system: You are a helpful assistant.
user:
Analyze the provided spectrum to determine if it is a **White Dwarf (WD)**.

A White Dwarf spectrum is defined by its **extreme purity** (due to gravitational settling) and/or **extreme pressure broadening** (due to high surface gravity). You must check for one of the following mutually exclusive signatures:

- **Key Visual Indicators (Check for ONE of these types):**

    - **1. DA-Type Signature (Most Common):**
        - **(Primary Feature):** Extreme pressure broadening (Stark broadening) of the **Hydrogen (H) Balmer lines**.
        - **(Key Lines):** $H\beta$ (approx. $4861$ Å) and $H\gamma$ (approx. $4340$ Å). $H\alpha$ (approx. $6563$ Å) will also be present if the wavelength range covers it.
        - **(Line Profile):** This is the **defining feature**. The lines are **NOT** sharp. They appear as massive, **extremely broad and deep "troughs" or "dips"** in the spectrum, often hundreds of Ångströms wide. The continuum will appear to "scoop" down at these wavelengths.
        - **(Distinction):** Normal A-type or B-type stars have *narrow* and *sharp* Hydrogen lines. A DA White Dwarf's lines are unmistakably "smeared" or "blurry" from pressure.

    - **2. DB-Type Signature:**
        - **(Primary Feature):** Broad absorption lines from **Neutral Helium (He I)**. The spectrum must lack any visible Hydrogen lines.
        - **(Key Lines):** Look for broad absorption near $4471$ Å, $4921$ Å, and $5876$ Å.
        - **(Line Profile):** These lines are also significantly pressure-broadened, appearing much wider than they would in a normal B-type main-sequence star.

    - **3. DC-Type Signature:**
        - **(Primary Feature):** A **featureless continuous spectrum**.
        - **(Line Profile):** The spectrum is a smooth curve with **no significant absorption or emission lines**.
        - **(Key Confirmation):** The continuum is almost always **blue or white**, indicating a hot object. This signature implies the atmosphere is so pure (or so cool) that no spectral lines are visible in the optical range. Its WD identity is confirmed by its extremely low intrinsic brightness (high absolute magnitude).

    - **4. DZ-Type Signature (Metal-Polluted):**
        - **(Primary Feature):** **Isolated, narrow metal absorption lines** on an otherwise featureless (DC-like) continuum.
        - **(Key Lines):** The **Calcium (Ca II) H & K doublet** (approx. **$3934$ Å** and **$3968$ Å**) is the most common and defining feature.
        - **(Line Profile):** These lines are "out of place." They are *not* part of a "forest" of thousands of lines. This signature is evidence of recent *accretion* (pollution) from rocky debris.
        - **(Distinction):** Normal G/K/M stars have a *dense forest* of thousands of metal lines. A DZ has a *clean* continuum with *only a few* strong metal lines.

    - **5. DQ-Type Signature (Carbon-Polluted):**
        - **(Primary Feature):** Absorption bands from **Carbon (C₂ "Swan Bands" or atomic C I)**.
        - **(Key Lines - C₂):** Look for bandheads with a "saw-tooth" shape near $5635$ Å, **$5165$ Å** (strongest), and $4737$ Å.
        - **(Key Confirmation):** The underlying **continuum must be blue or white** (hot).
        - **(Distinction):** This is the critical difference from a **Carbon Star**, which has the *exact same* C₂ bands but on an extremely **red, cool** continuum.

- **(Overall Spectrum):**
    - The continuum (overall shape) is typically **blue-sloping** (brighter in the blue than the red), as most white dwarfs are very hot.
    - The spectrum will look "pure" or "simple," dominated by only *one* of the five signatures listed above.

Think first, call **spectral_visualization_tool** if needed to examine features in detail, then provide your final answer. Your response must adhere to the following strict rules:
1.  **Overall Structure:** Your response must follow the format `<think>...</think> <tool_call>...</tool_call> (if a tool is used) <answer>...</answer>`.
2.  **Tool Usage Constraint:** You may only make **one** tool call per turn.
3.  **Final Answer Format:** In the `<answer>` tag, your conclusion must be inside a `\boxed{}` command (e.g., `\boxed{YES}` or `\boxed{NO}`), followed by your justification.

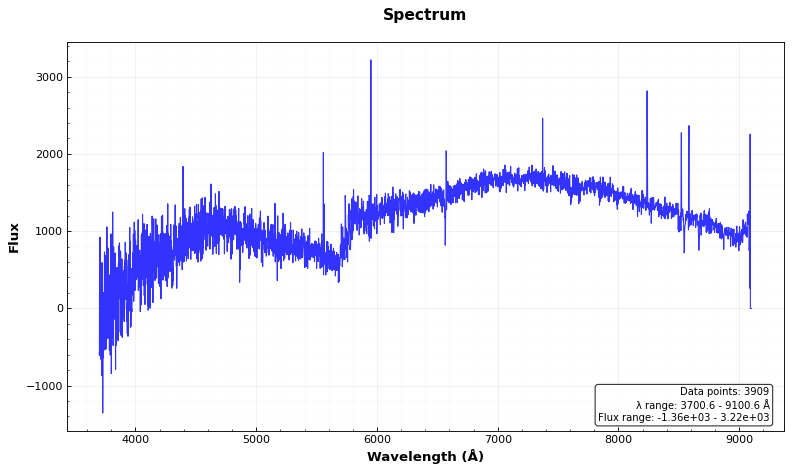
Answer: NO